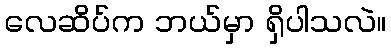
လေဆိပ်က ဘယ်မှာ ရှိပါသလဲ။